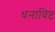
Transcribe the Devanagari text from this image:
धनाविष्ट